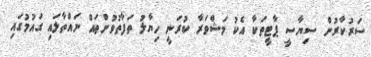
ސަރުކާރުން ސިޔާސީ ޕާޓީތަކާ އެކު މަޝްވަރާ ކުރަނީ ހިޔާލު ތަފާތުވުންތައް ނައްތާލައި ގައުމުގައި